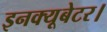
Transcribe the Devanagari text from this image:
इनक्यूबेटर।